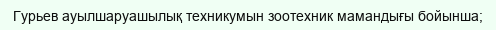
Гурьев ауылшаруашылық техникумын зоотехник мамандығы бойынша;